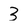
Character: 3